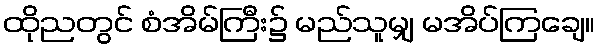
ထိုညတွင် စံအိမ်ကြီး၌ မည်သူမျှ မအိပ်ကြချေ။